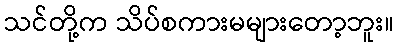
သင်တို့က သိပ်စကားမများတော့ဘူး။